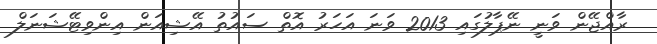
ރާއްޖޭން ވަނީ ނޭޕާލުގައި 2013 ވަނަ އަހަރު އޮތް ސައުތު އޭޝިއަން އިންވިޓޭޝަނަލް